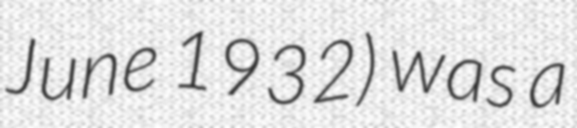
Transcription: June 1932) was a